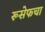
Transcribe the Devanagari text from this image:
रूसेफचा